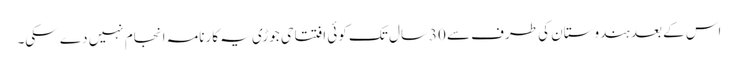
اس کے بعد ہندوستان کی طرف سے 30سال تک کوئی افتتاحی جوڑی یہ کارنامہ انجام نہیں دے سکی۔